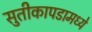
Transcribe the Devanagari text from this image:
सुतीकापडामध्ये